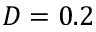
D = 0 . 2